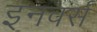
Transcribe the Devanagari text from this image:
इनवर्स